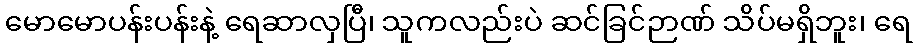
မောမောပန်းပန်းနဲ့ ရေဆာလှပြီ၊ သူကလည်းပဲ ဆင်ခြင်ဉာဏ် သိပ်မရှိဘူး၊ ရေ